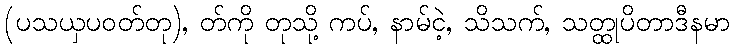
(ပသယှပဝတ်တု), တ်ကို တုသို့ ကပ်, နာမ်ငဲ့, သိသက်, သတ္ထုပိတာဒီနမာ